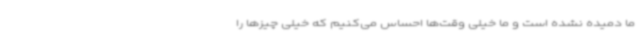
ما دمیده نشده است و ما خیلی وقت‌ها احساس می‌کنیم که خیلی چیزها را